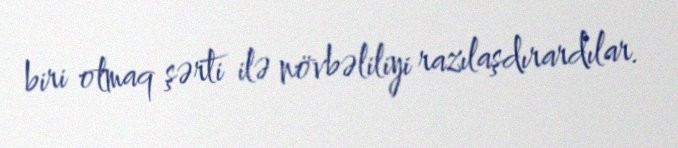
biri olmaq şərti ilə növbəliliyi razılaşdırardılar.